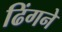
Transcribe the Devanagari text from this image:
ढिंगने